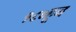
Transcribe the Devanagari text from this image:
१८०हून